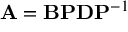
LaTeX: \mathbf { A } = \mathbf { B } \mathbf { P } \mathbf { D } \mathbf { P } ^ { - 1 }